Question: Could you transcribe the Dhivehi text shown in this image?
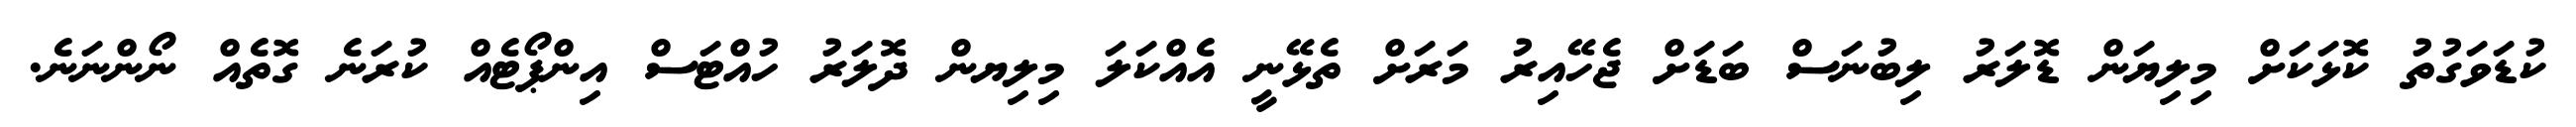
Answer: ކުޑަވަގުތު ކޮޅަކަށް މިލިޔަން ޑޮލަރު ލިބުނަސް ބަޑަށް ޖެހޭއިރު މަރަށް ތެޅޭނީ އެއްކަލަ މިލިޔން ދޮލަރު ހުއްޓަސް އިންޕޯޓެއް ކުރަނެ ގޮތެއް ނޯންނަނެ.